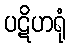
ပဋိဟရုံ